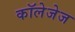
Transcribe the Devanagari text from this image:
कॉलेजेज